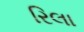
રિલા